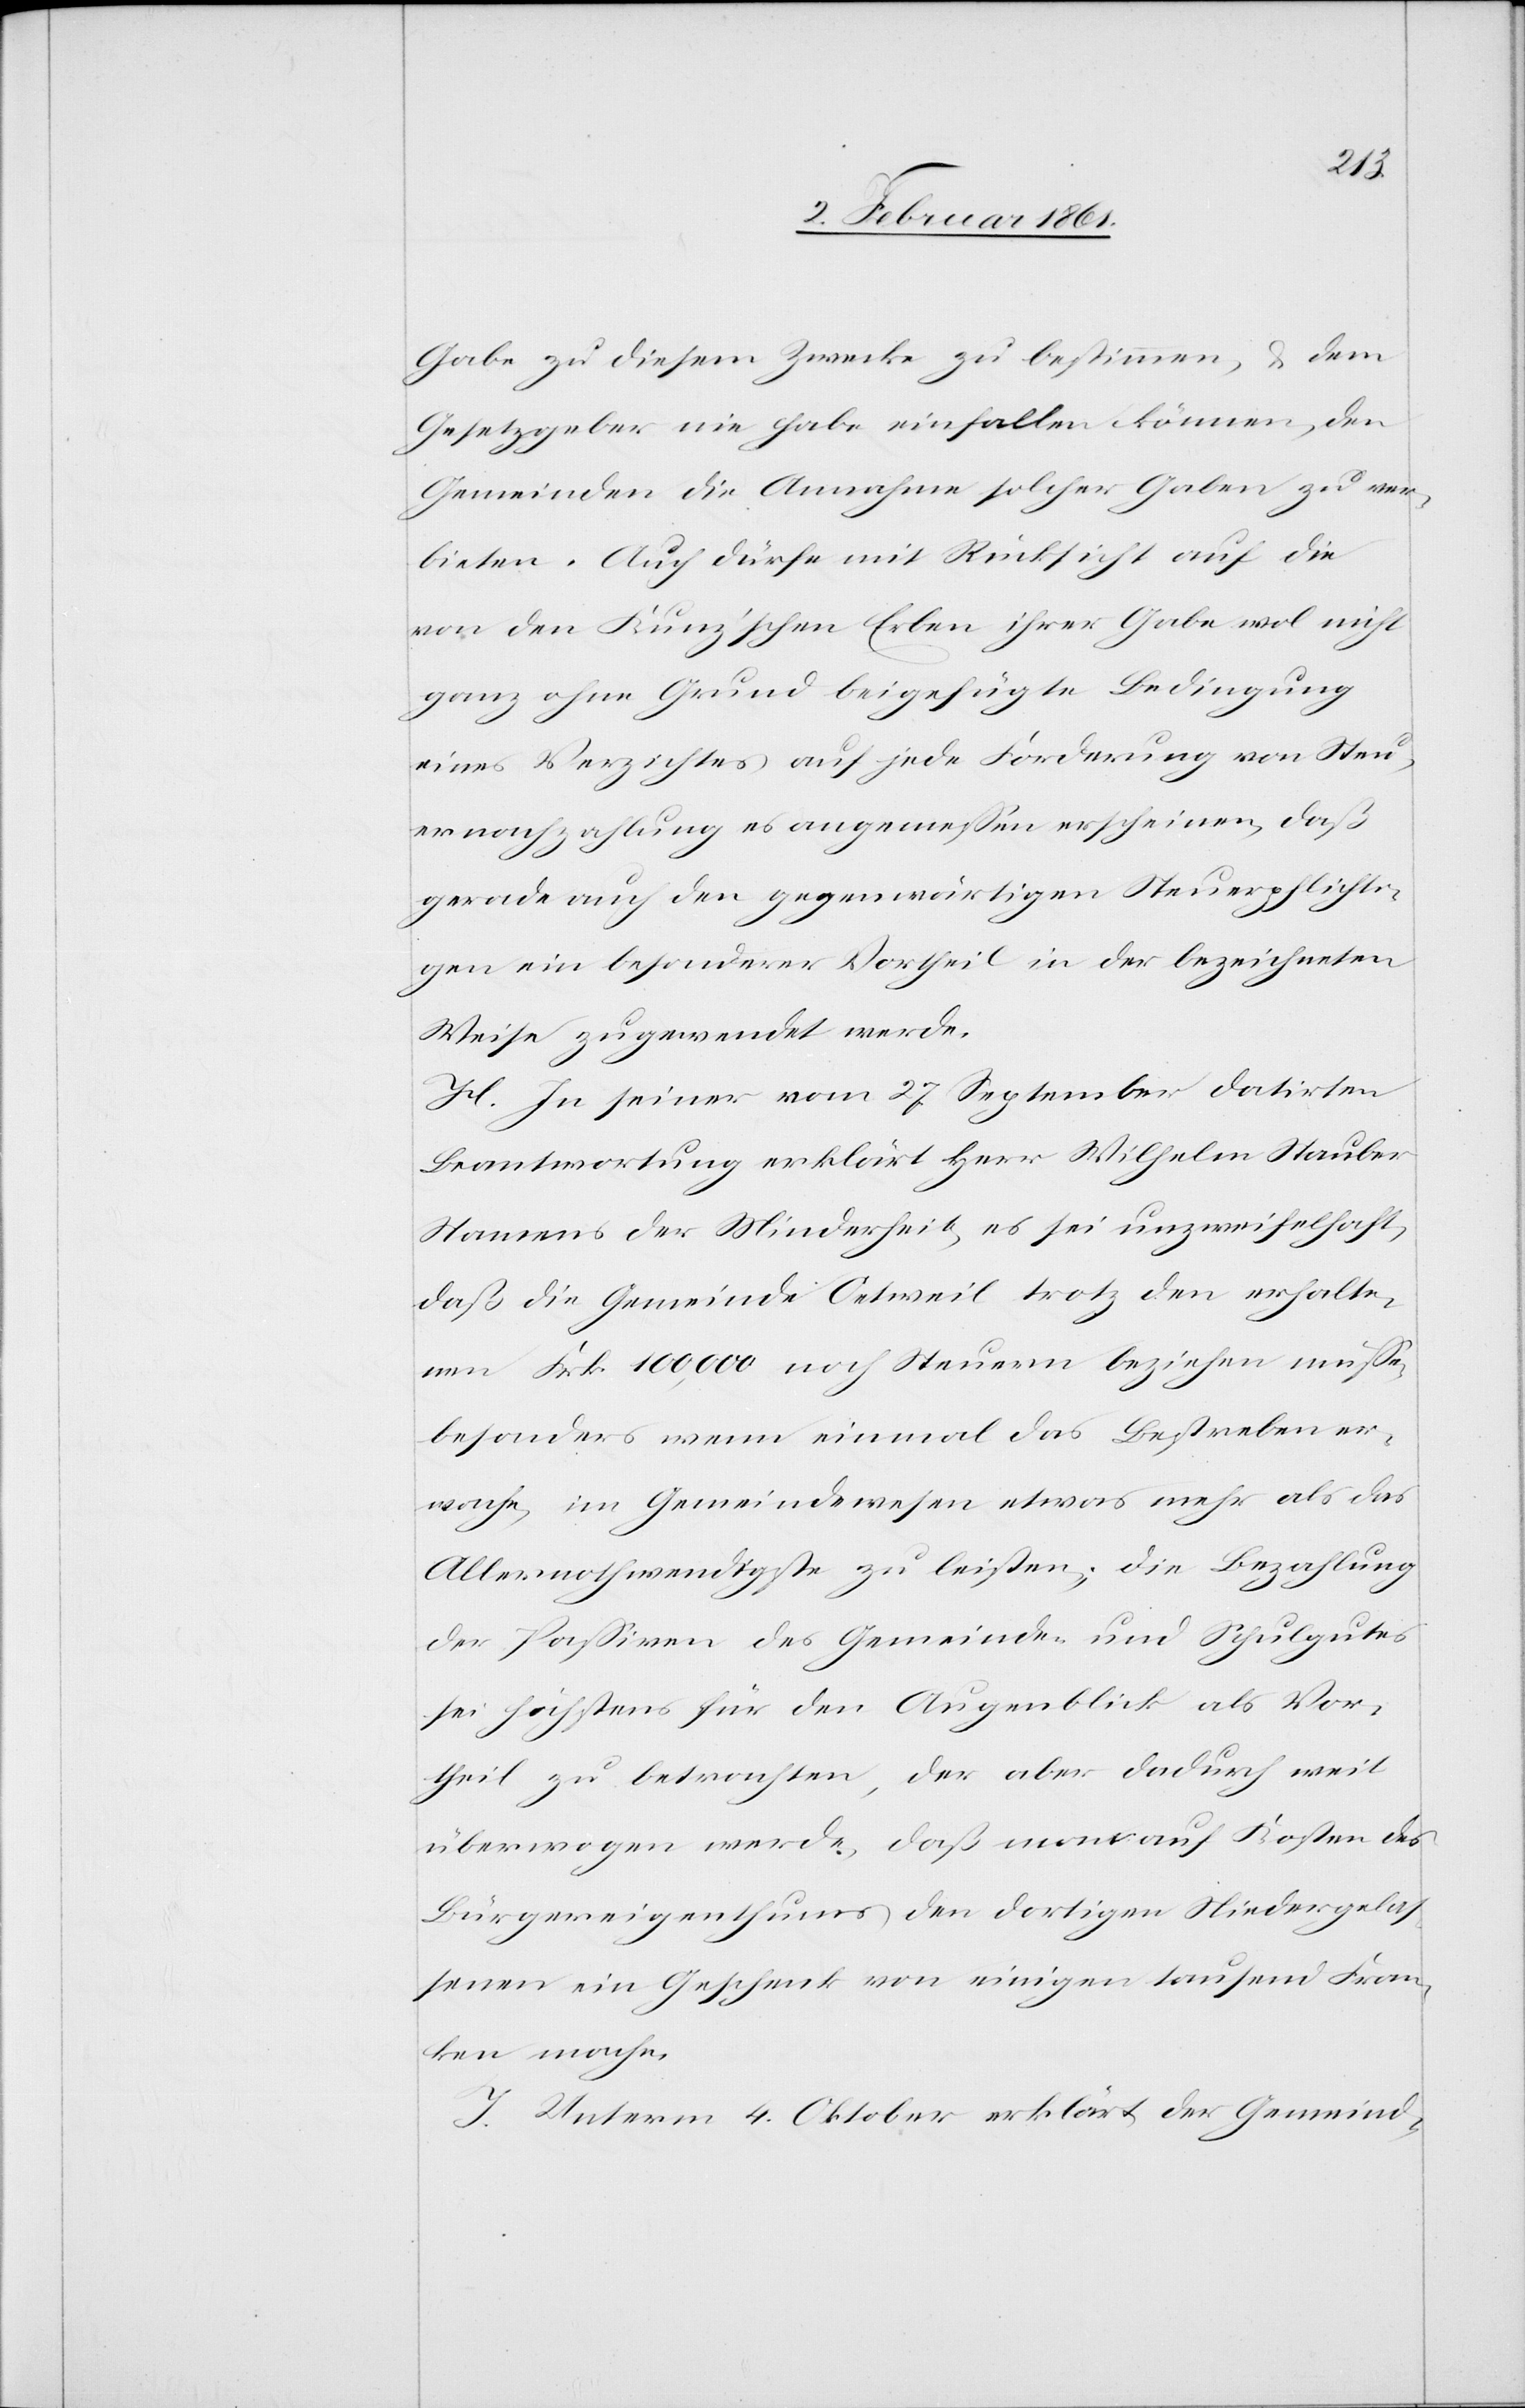
Gabe zu diesem Zwecke zu bestimmen, u. dem
Gesetzgeber nie habe einfallen können, den
Gemeinden die Annahme solcher Gaben zu ver¬
bieten. Auch dürfe mit Rücksicht auf die
von den Kunz’schen Erben ihrer Gabe wol nicht
ganz ohne Grund beigefügte Bedingung
eines Verzichtes auf jede Forderung von Steu¬
ernachzahlung es angemessen erscheinen, daß
gerade auch den gegenwärtigen Steuerpflichti¬
gen ein besonderer Vortheil in der bezeichneten
Weise zugewendet werde.
H. In seiner vom 27. September datirten
Beantwortung erklärt Herr Wilhelm Stauber
Namens der Minderheit, es sei unzweifelhaft,
daß die Gemeinde Oetweil trotz den erhalte¬
nen Frk. 100,000 noch Steuern beziehen müsse,
besonders wenn einmal das Bestreben er¬
wache, im Gemeindewesen etwas mehr als das
Allernothwendigste zu leisten; die Bezahlung
der Passiven des Gemeinde- und Schulgutes
sei höchstens für den Augenblick als Vor¬
theil zu betrachten, der aber dadurch weit
überwogen werde, daß man auf die Kosten des
Bürgereigenthums den dortigen Niedergelas¬
senen ein Geschenk von einigen tausend Fran¬
ken mache.
J. Unterm 4. Oktober erklärt der Gemeind-